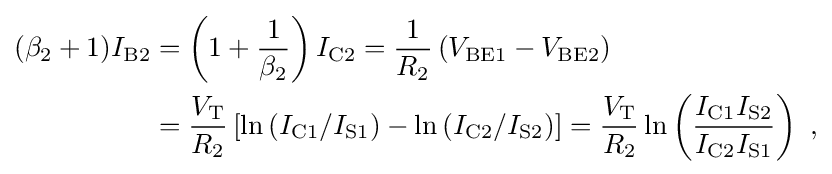
{\begin{aligned}(\beta _{2}+1)I_{\text{B2}}&=\left(1+{\frac {1}{\beta _{2}}}\right)I_{\text{C2}}={\frac {1}{R_{2}}}\left(V_{\text{BE1}}-V_{\text{BE2}}\right)\\&={\frac {V_{\text{T}}}{R_{2}}}\left[\ln \left(I_{\text{C1}}/I_{\text{S1}}\right)-\ln \left(I_{\text{C2}}/I_{\text{S2}}\right)\right]={\frac {V_{\text{T}}}{R_{2}}}\ln \left({\frac {I_{\text{C1}}I_{\text{S2}}}{I_{\text{C2}}I_{\text{S1}}}}\right)\ ,\end{aligned}}